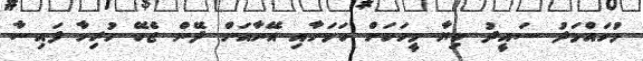
މުހައްމަދު ސައީދު ކިޔާ މީހަކަށް ކަމަށާއި އޭނާއަށް ދޭން ޖެހޭ ހުރިހާ ފައިސާ